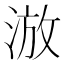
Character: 𣷫